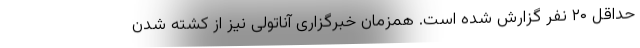
حداقل ۲۰ نفر گزارش شده است. همزمان خبرگزاری آناتولی نیز از کشته شدن